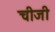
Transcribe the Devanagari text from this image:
चीजी